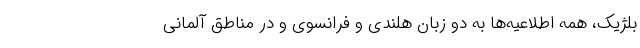
بلژیک، همه اطلاعیه‌ها به دو زبان هلندی و فرانسوی و در مناطق آلمانی